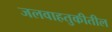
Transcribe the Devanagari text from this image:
जलवाहतुकीतील